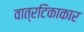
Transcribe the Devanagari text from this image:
वात्रटिकाकार